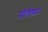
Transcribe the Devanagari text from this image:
प्रॉलीफ़र